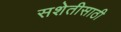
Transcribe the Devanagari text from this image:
सशेतीसाठी